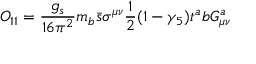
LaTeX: O _ { 1 1 } = \frac { g _ { s } } { 1 6 \pi ^ { 2 } } m _ { b } \bar { s } \sigma ^ { \mu \nu } \frac { 1 } { 2 } ( 1 - \gamma _ { 5 } ) t ^ { a } b G _ { \mu \nu } ^ { a }